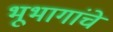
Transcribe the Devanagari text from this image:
भूभागांचे